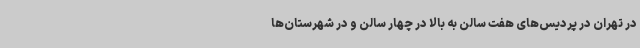
در تهران در پردیس‌های هفت سالن به بالا در چهار سالن و در شهرستان‌ها